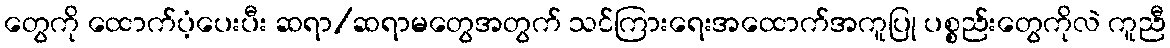
တွေကို ထောက်ပံ့ပေးပီး ဆရာ/ဆရာမတွေအတွက် သင်ကြားရေးအထောက်အကူပြု ပစ္စည်းတွေကိုလဲ ကူညီ